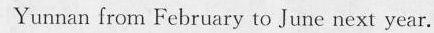
Yunnan from February to June next year.